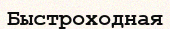
Быстроходная